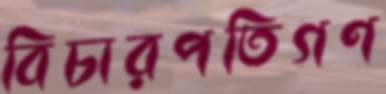
বিচারপতিগণ